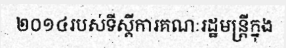
២០១៤របស់ទីស្តីការគណៈរដ្ឋមន្ត្រីក្នុង